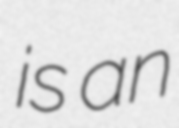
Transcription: is an